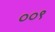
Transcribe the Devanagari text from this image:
००९